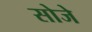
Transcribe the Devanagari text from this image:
सोजे